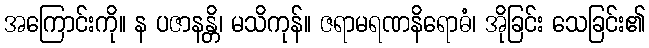
အကြောင်းကို။ န ပဇာနန္တိ၊ မသိကုန်။ ဇရာမရဏနိရောဓံ၊ အိုခြင်း သေခြင်း၏